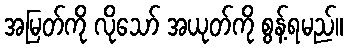
အမြတ်ကို လိုသော် အယုတ်ကို စွန့်ရမည်။